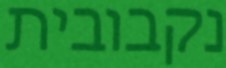
נקבובית